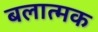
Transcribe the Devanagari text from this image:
बलात्मक